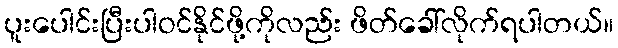
ပူးပေါင်းပြီးပါဝင်နိုင်ဖို့ကိုလည်း ဖိတ်ခေါ်လိုက်ရပါတယ်။